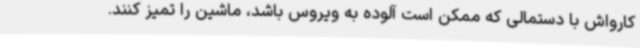
کارواش با دستمالی که ممکن است آلوده به ویروس باشد، ماشین را تمیز کنند.